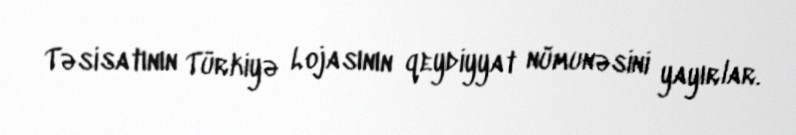
Təsisatının Türkiyə Lojasının qeydiyyat nümunəsini yayırlar.